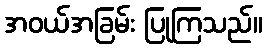
အဝယ်အခြမ်း ပြုကြသည်။